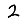
Digit: 2